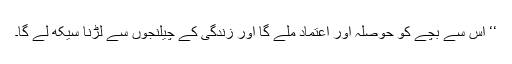
‘‘ اس سے بچے کو حوصلہ اور اعتماد ملے گا اور زندگی کے چیلنجوں سے لڑنا سیکھ لے گا۔